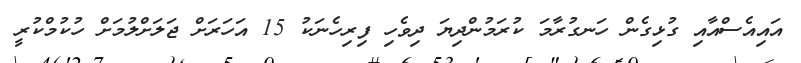
އައިއެސްއާއި ގުޅިގެން ހަނގުރާމަ ކުރަމުންދިޔަ ދިވެހި ފިރިހެނަކު 15 އަހަރަށް ޖަލަށްލުމަށް ހުކުމްކުރީ